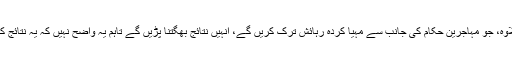
اس کے علاوہ، جو مہاجرين حکام کی جانب سے مہيا کردہ رہائش ترک کريں گے، انہيں نتائج بھگتنا پڑيں گے تاہم يہ واضح نہيں کہ يہ نتائج کيا ہوں گے۔